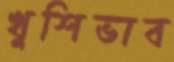
খুশিভাব